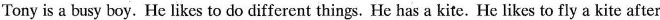
Tony is a busy boy. He likes to do different things. He has a kite. He likes to fly a kite after